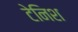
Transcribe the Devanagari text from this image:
टेनिश